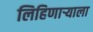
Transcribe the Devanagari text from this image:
लिहिणाऱ्याला